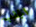
الجذب